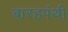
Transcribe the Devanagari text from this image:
बारहपंथी